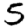
Digit: 5